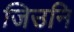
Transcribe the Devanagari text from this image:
जिउनि